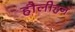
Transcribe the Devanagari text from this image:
हौलीहन